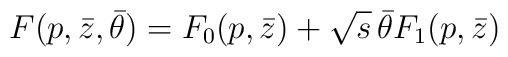
F(p,\bar{z},\bar\theta)=F_0(p,\bar{z})+\sqrt{s}\,\bar\theta F_1(p,\bar{z})